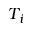
T _ { i }